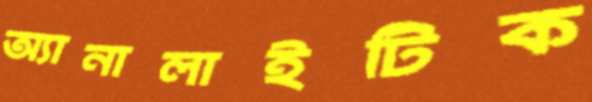
অ্যানালাইটিক